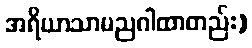
အရိယာသာမညဂါထာတည်း)